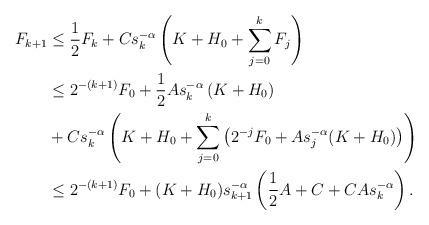
LaTeX: \begin{align*}F_{k+1} & \leq \frac12 F_k + Cs^{-\alpha}_k \left(K+H_0+\sum_{j=0}^k F_j\right) \\ & \leq 2^{-(k+1)} F_0 + \frac12 As_{k}^{-\alpha} \left( K + H_0 \right) \\& + Cs_k^{-\alpha} \left( K + H_0 + \sum_{j=0}^k \left( 2^{-j}F_0 +As_{j}^{-\alpha} (K+H_0) \right) \right) \\& \leq 2^{{-(k+1)}} F_0 + (K+H_0)s_{k+1}^{-\alpha} \left( \frac12 A + C + CAs_{k}^{-\alpha} \right).\end{align*}